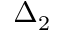
\Delta _ { 2 }